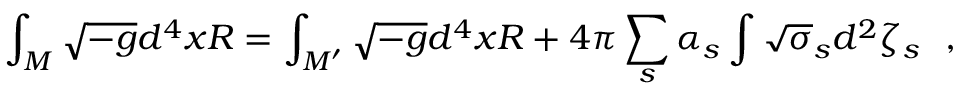
\int _ { \cal M } \sqrt { - g } d ^ { 4 } x R = \int _ { \cal M ^ { \prime } } \sqrt { - g } d ^ { 4 } x R + 4 \pi \sum _ { s } \alpha _ { s } \int \sqrt { \sigma } _ { s } d ^ { 2 } \zeta _ { s } ~ ~ ,